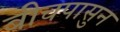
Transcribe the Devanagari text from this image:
बीचपासुन